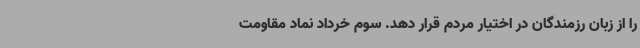
را از زبان رزمندگان در اختیار مردم قرار دهد. سوم خرداد نماد مقاومت